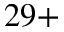
{ 2 9 + }